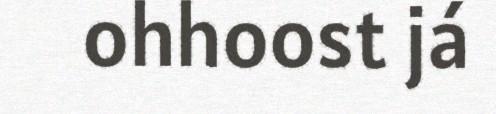
ohhoost já